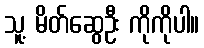
သူ့ မိတ်ဆွေဦး ကိုကိုပါ။